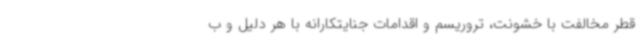
قطر مخالفت با خشونت، تروریسم و اقدامات جنایتکارانه با هر دلیل و ب